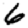
Digit: 6